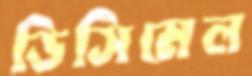
ডিসিমেল